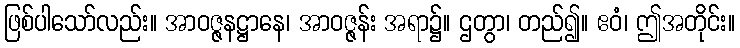
ဖြစ်ပါသော်လည်း။ အာဝဇ္ဇနဋ္ဌာနေ၊ အာဝဇ္ဇန်း အရာ၌။ ဌတွာ၊ တည်၍။ ဧဝံ၊ ဤအတိုင်း။